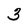
Character: 3